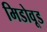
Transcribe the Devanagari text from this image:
मिडोवूड